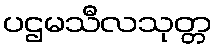
ပဌမသီလသုတ္တ